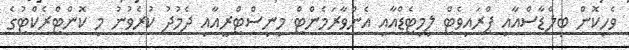
ވެހިކޮން ބިލްޑާސްއާއި ޕްރައިވެޓް ލިމިޓެޑްއާއި އެންވާރަމެންޓް މިނިސްޓްރީއާއި ދެމުދު ކުރެވުނު މި ކޮންޓްރެކްޓުގެ